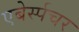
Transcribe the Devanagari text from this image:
एबेर्स्पचर